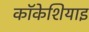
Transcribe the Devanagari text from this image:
कॉकेशियाइ